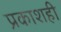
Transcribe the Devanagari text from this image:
प्रकाशही